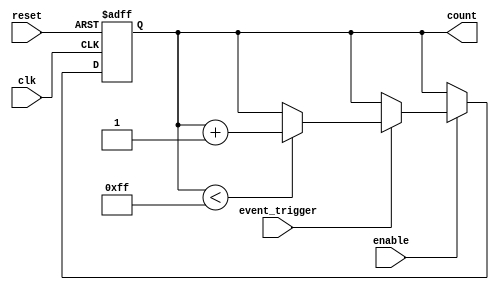
module event_triggered_counter (
    input wire clk,                // Clock input
    input wire reset,              // Asynchronous reset input
    input wire event_trigger,      // Event trigger input (rising edge)
    input wire enable,             // Enable counting
    output reg [7:0] count         // 8-bit count output
);

    // Parameter for maximum count value
    parameter MAX_COUNT = 8'hFF;   // 255 for 8-bit counter

    // Sequential logic for counting
    always @(posedge clk or posedge reset) begin
        if (reset) begin
            count <= 8'b0;          // Reset counter to 0
        end else if (enable) begin
            if (event_trigger) begin
                if (count < MAX_COUNT) begin
                    count <= count + 1; // Increment count
                end
                // If count reaches MAX_COUNT, it will hold at MAX_COUNT
            end
        end
    end

endmodule